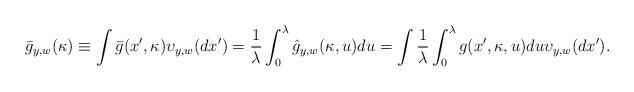
LaTeX: \begin{align*}\bar {g}_{y,w}(\kappa )\equiv\int\bar {g}(x',\kappa )\upsilon_{y,w}(dx')=\frac 1{\lambda}\int_0^{\lambda}\hat {g}_{y,w}(\kappa ,u)du=\int\frac 1{\lambda}\int_0^{\lambda}g(x',\kappa ,u)du\upsilon_{y,w}(dx').\end{align*}